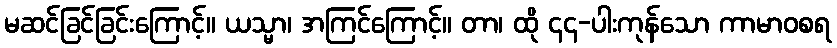
မဆင်ခြင်ခြင်းကြောင့်။ ယသ္မာ၊ အကြင်ကြောင့်။ တာ၊ ထို ၄၄-ပါးကုန်သော ကာမာဝစရ